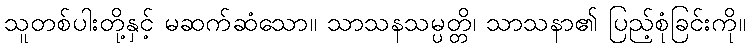
သူတစ်ပါးတို့နှင့် မဆက်ဆံသော။ သာသနသမ္ပတ္တိ၊ သာသနာ၏ ပြည့်စုံခြင်းကို။